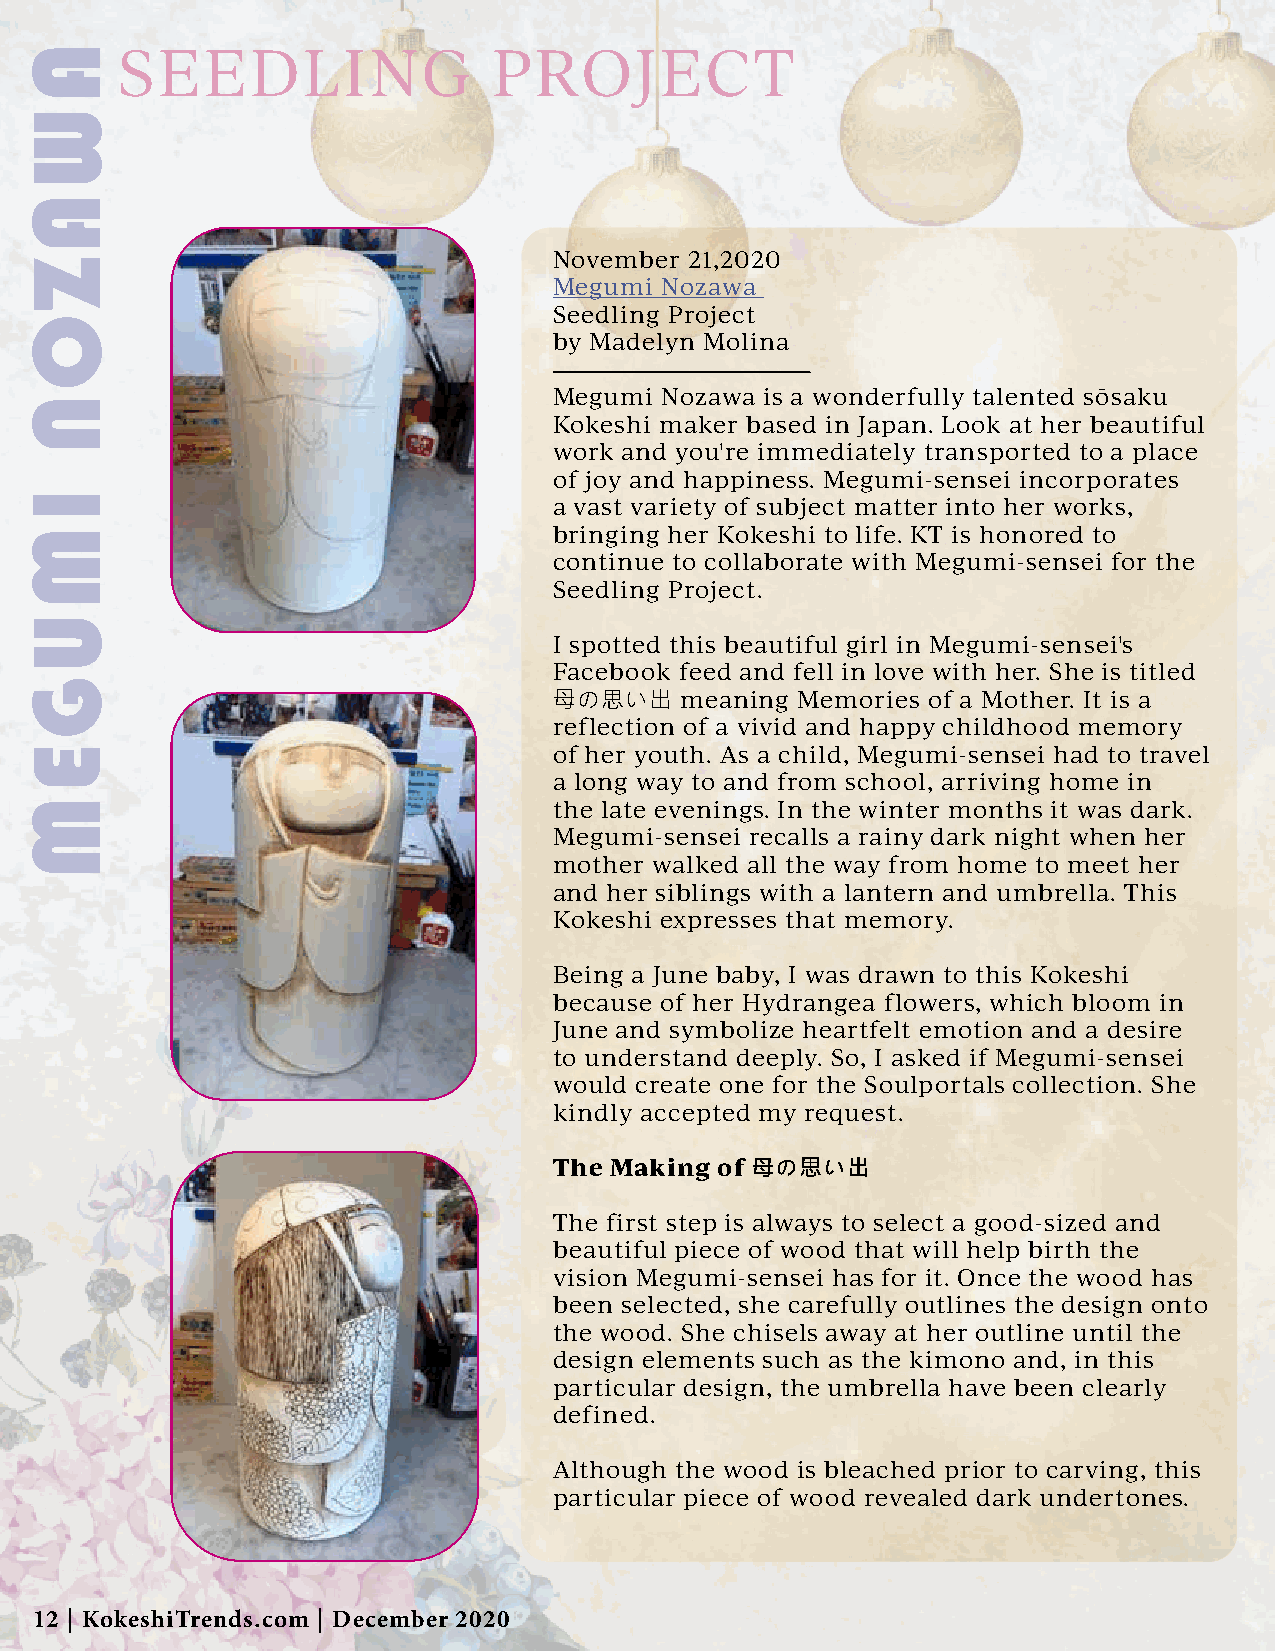
SEEDLING                 PROJECT
 November 21,2020
 Megumi Nozawa
 Seedling Project
 by Madelyn Molina
 Megumi Nozawa is a wonderfully talented sōsaku
 Kokeshi maker based in Japan. Look at her beautiful
 work and you're immediately transported to a place
 of joy and happiness. Megumi-sensei incorporates
 a vast variety of subject matter into her works,
 bringing her Kokeshi to life. KT is honored to
 continue to collaborate with Megumi-sensei for the
 Seedling Project.
 I spotted this beautiful girl in Megumi-sensei's
 Facebook feed and fell in love with her. She is titled
 母の思い出   meaning Memories of a Mother. It is a
 reflection of a vivid and happy childhood memory
 of her youth. As a child, Megumi-sensei had to travel
 a long way to and from school, arriving home in
 the late evenings. In the winter months it was dark.
 Megumi-sensei recalls a rainy dark night when her
 mother walked all the way from home to meet her
 and her siblings with a lantern and umbrella. This
 Kokeshi expresses that memory.
 Being a June baby, I was drawn to this Kokeshi
 because of her Hydrangea flowers, which bloom in
 June and symbolize heartfelt emotion and a desire
 to understand deeply. So, I asked if Megumi-sensei
 would create one for the Soulportals collection. She
 kindly accepted my request.
 The Making of 母の思い出
 The first step is always to select a good-sized and
 beautiful piece of wood that will help birth the
 vision Megumi-sensei has for it. Once the wood has
 been selected, she carefully outlines the design onto
 the wood. She chisels away at her outline until the
 design elements such as the kimono and, in this
 particular design, the umbrella have been clearly
 defined.
 Although the wood is bleached prior to carving, this
 particular piece of wood revealed dark undertones.
 12 | KokeshiTrends.com | December 2020
 AWAZON
 IMUGEM